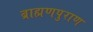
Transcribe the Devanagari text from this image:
ब्राह्मणपुराण